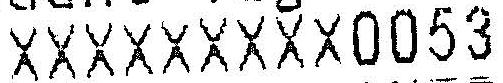
XXXXXXXXX0053